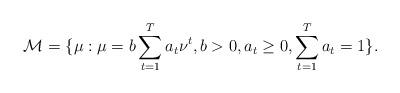
LaTeX: \begin{align*}\mathcal M=\{\mu:\mu=b\sum_{t=1}^Ta_t\nu^t,b>0,a_t\ge0,\sum_{t=1}^Ta_t=1\}.\end{align*}